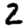
Digit: 2